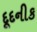
દૂદનીક